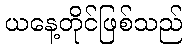
ယနေ့တိုင်ဖြစ်သည်